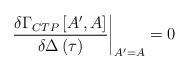
LaTeX: \begin{align*}\frac{\delta \Gamma _{CTP}\left[ A^{\prime },A\right] }{\delta\Delta \left( \tau \right) }\bigg|_{A^{\prime }=A}=0\end{align*}